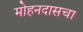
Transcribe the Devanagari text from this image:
मोहनदासचा